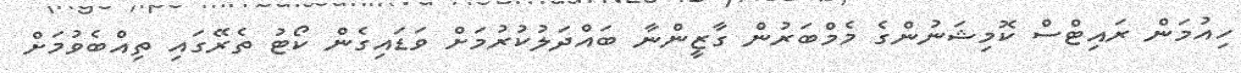
ހިއުމަން ރައިޓްސް ކޮމިޝަނުންގެ މެމްބަރުން ގާޒީންނާ ބައްދަލުކުރުމަށް ވަޑައިގެން ކޯޓު ތެރޭގައި ތިއްބެވުމަށް